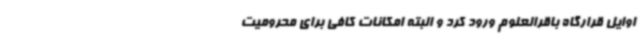
اوایل قرارگاه باقرالعلوم ورود کرد و البته امکانات کافی برای محرومیت